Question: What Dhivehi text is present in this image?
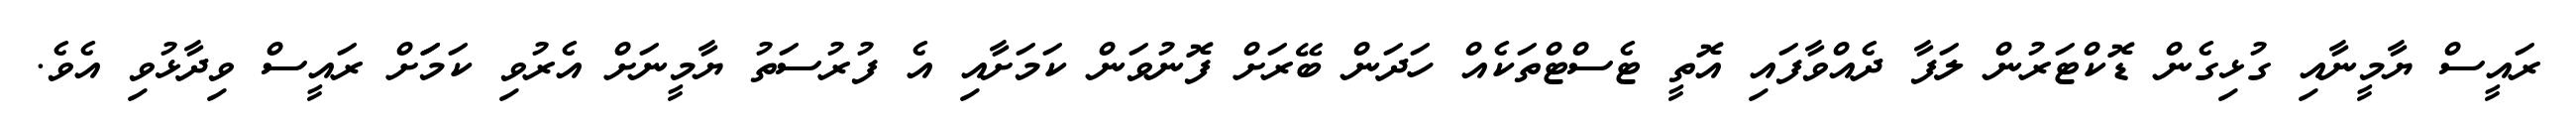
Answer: ރައީސް ޔާމީނާއި ގުޅިގެން ޑޮކްޓަރުން ލަފާ ދެއްވާފައި އޮތީ ޓެސްޓްތަކެއް ހަދަން ބޭރަށް ފޮނުވަން ކަމަށާއި އެ ފުރުސަތު ޔާމީނަށް އެރުވި ކަމަަށް ރައީސް ވިދާޅުވި އެވެ.